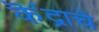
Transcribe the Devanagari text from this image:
कॆंद्राचे